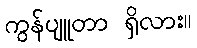
ကွန်ပျူတာ ရှိလား။